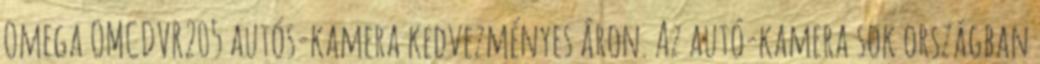
Omega OMCDVR205 autós-kamera kedvezményes áron. Az autó-kamera sok országban